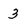
Character: 3